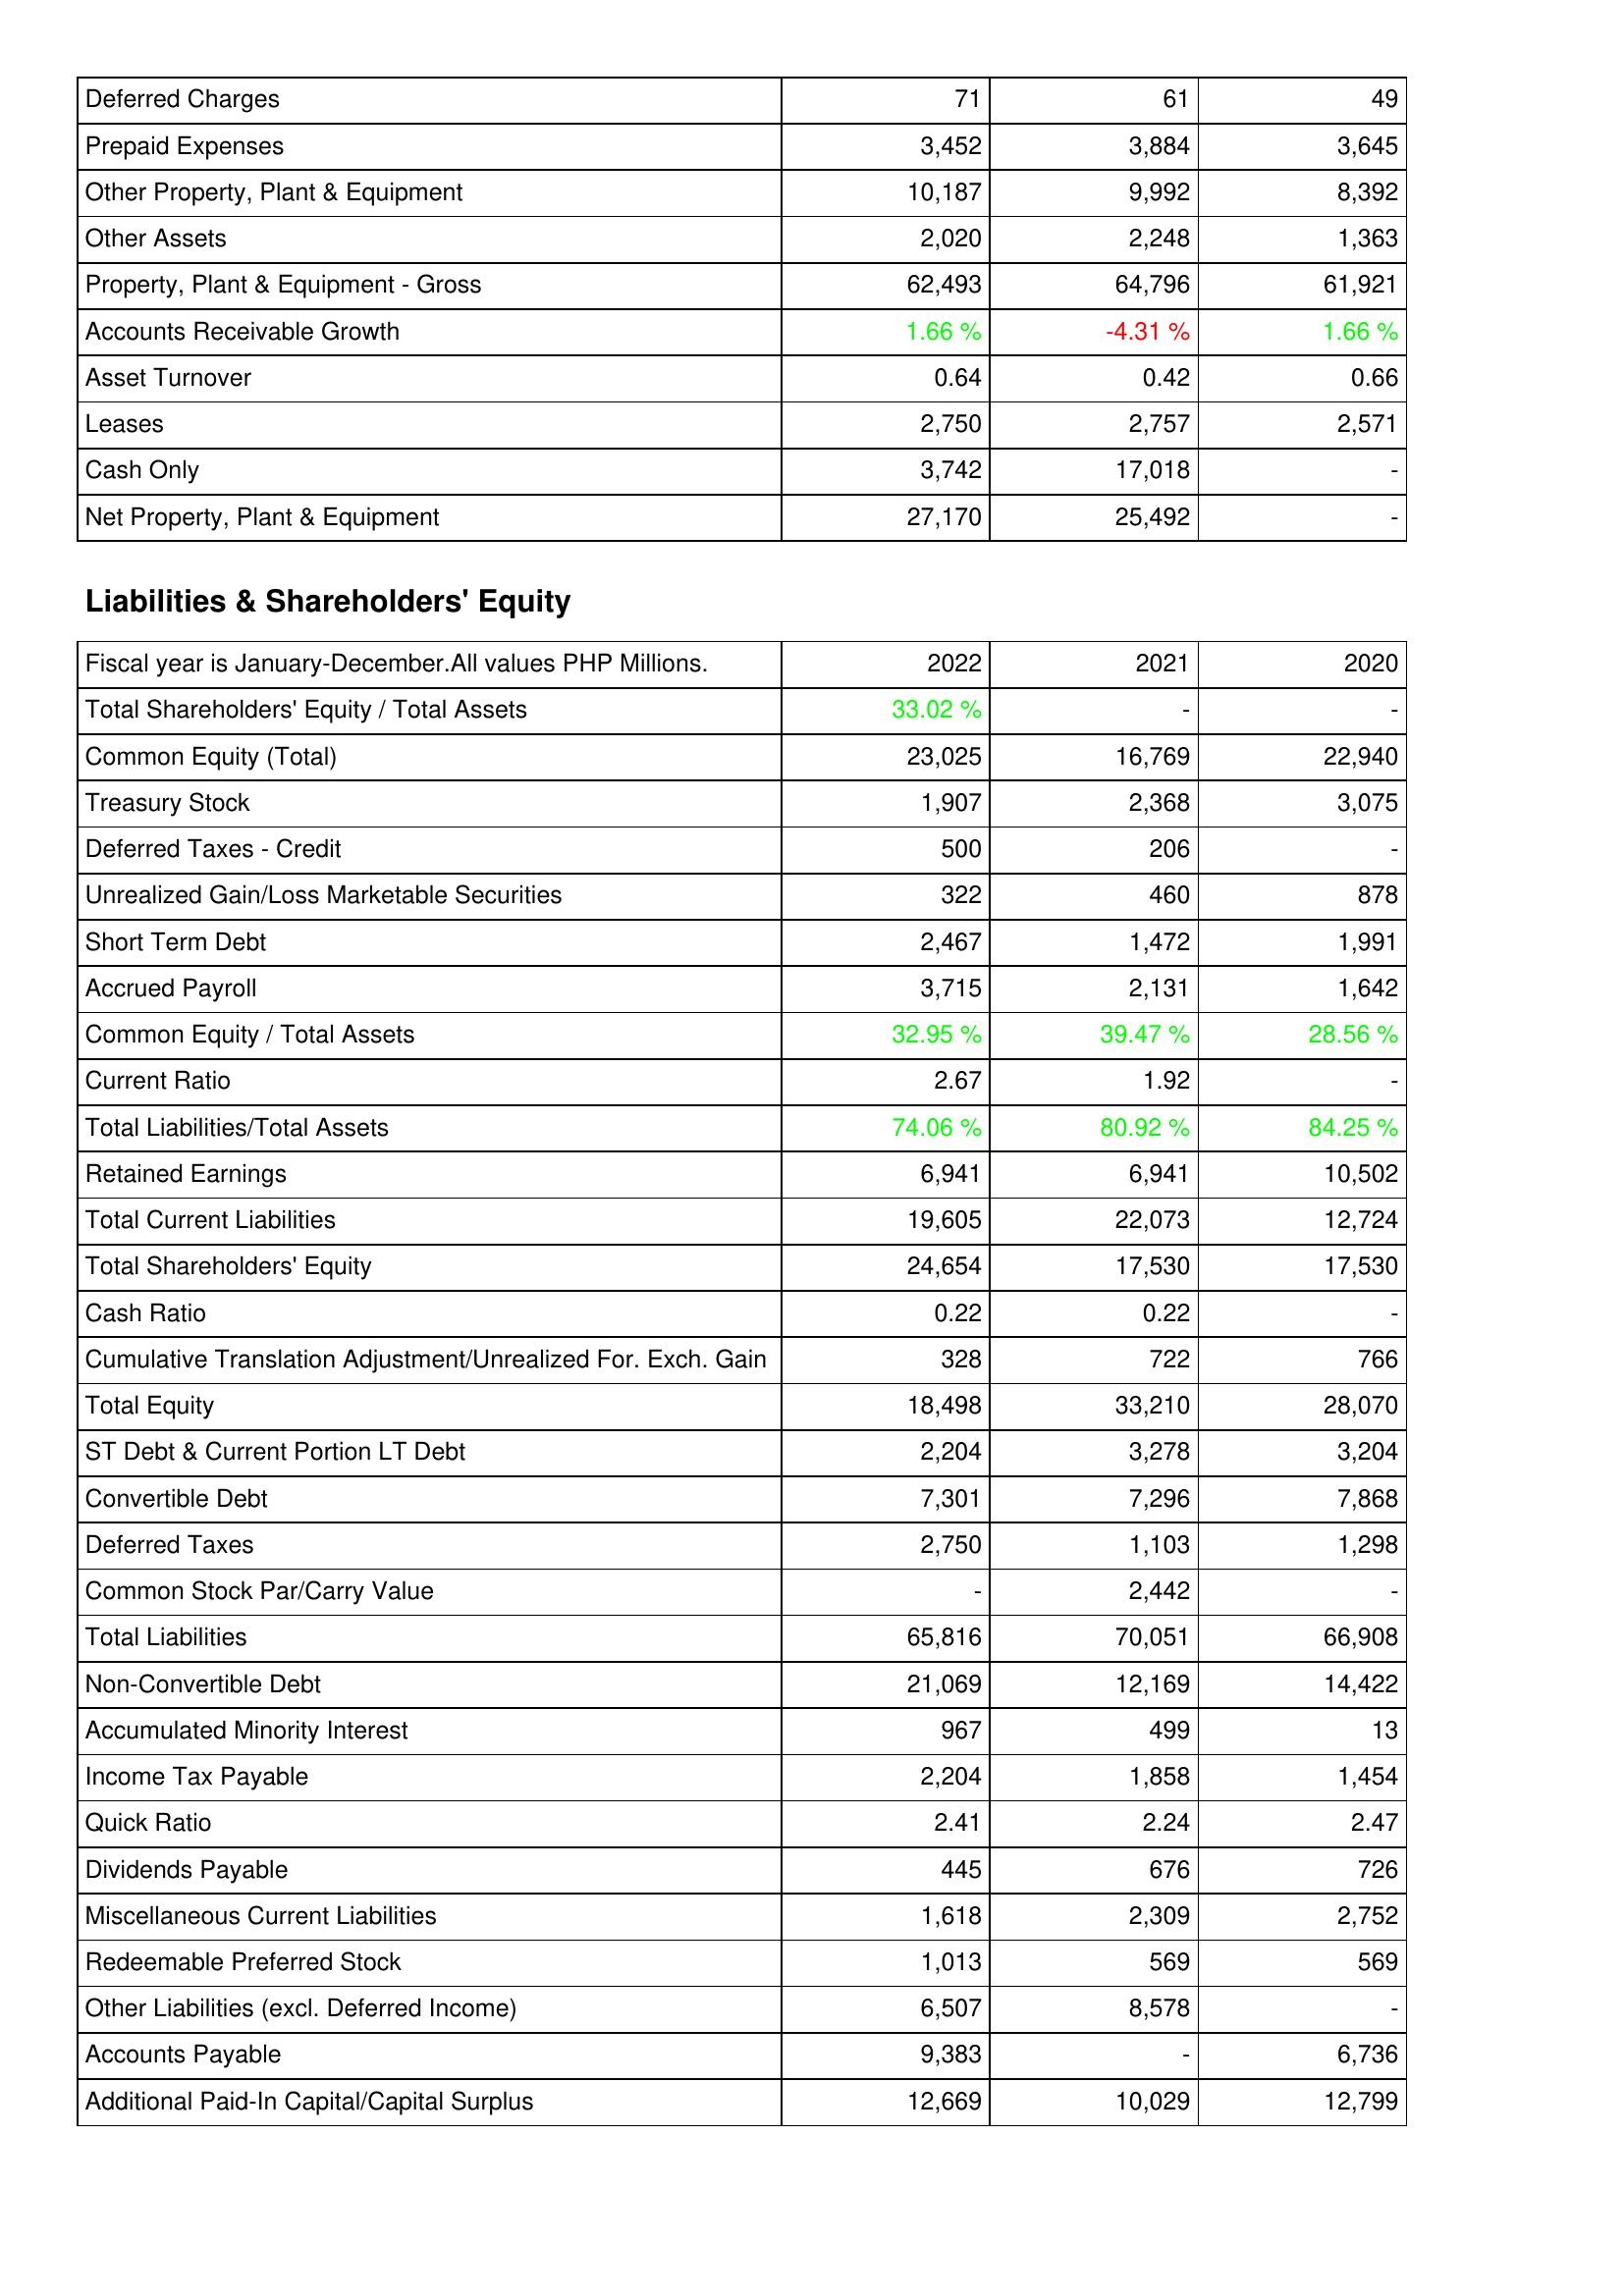
2022: Assets: Deferred Charges: 71
Prepaid Expenses: 3,452
Other Property, Plant & Equipment: 10,187
Other Assets: 2,020
Property, Plant & Equipment - Gross: 62,493
Accounts Receivable Growth: 1.66 %
Asset Turnover: 0.64
Leases: 2,750
Cash Only: 3,742
Net Property, Plant & Equipment: 27,170
Liabilities & Shareholders' Equity: Total Shareholders' Equity / Total Assets: 33.02 %
Common Equity (Total): 23,025
Treasury Stock: 1,907
Deferred Taxes - Credit: 500
Unrealized Gain/Loss Marketable Securities: 322
Short Term Debt: 2,467
Accrued Payroll: 3,715
Common Equity / Total Assets: 32.95 %
Current Ratio: 2.67
Total Liabilities/Total Assets: 74.06 %
Retained Earnings: 6,941
Total Current Liabilities: 19,605
Total Shareholders' Equity: 24,654
Cash Ratio: 0.22
Cumulative Translation Adjustment/Unrealized For. Exch. Gain: 328
Total Equity: 18,498
ST Debt & Current Portion LT Debt: 2,204
Convertible Debt: 7,301
Deferred Taxes: 2,750
Common Stock Par/Carry Value: -
Total Liabilities: 65,816
Non-Convertible Debt: 21,069
Accumulated Minority Interest: 967
Income Tax Payable: 2,204
Quick Ratio: 2.41
Dividends Payable: 445
Miscellaneous Current Liabilities: 1,618
Redeemable Preferred Stock: 1,013
Other Liabilities (excl. Deferred Income): 6,507
Accounts Payable: 9,383
Additional Paid-In Capital/Capital Surplus: 12,669
2021: Assets: Deferred Charges: 61
Prepaid Expenses: 3,884
Other Property, Plant & Equipment: 9,992
Other Assets: 2,248
Property, Plant & Equipment - Gross: 64,796
Accounts Receivable Growth: -4.31 %
Asset Turnover: 0.42
Leases: 2,757
Cash Only: 17,018
Net Property, Plant & Equipment: 25,492
Liabilities & Shareholders' Equity: Total Shareholders' Equity / Total Assets: -
Common Equity (Total): 16,769
Treasury Stock: 2,368
Deferred Taxes - Credit: 206
Unrealized Gain/Loss Marketable Securities: 460
Short Term Debt: 1,472
Accrued Payroll: 2,131
Common Equity / Total Assets: 39.47 %
Current Ratio: 1.92
Total Liabilities/Total Assets: 80.92 %
Retained Earnings: 6,941
Total Current Liabilities: 22,073
Total Shareholders' Equity: 17,530
Cash Ratio: 0.22
Cumulative Translation Adjustment/Unrealized For. Exch. Gain: 722
Total Equity: 33,210
ST Debt & Current Portion LT Debt: 3,278
Convertible Debt: 7,296
Deferred Taxes: 1,103
Common Stock Par/Carry Value: 2,442
Total Liabilities: 70,051
Non-Convertible Debt: 12,169
Accumulated Minority Interest: 499
Income Tax Payable: 1,858
Quick Ratio: 2.24
Dividends Payable: 676
Miscellaneous Current Liabilities: 2,309
Redeemable Preferred Stock: 569
Other Liabilities (excl. Deferred Income): 8,578
Accounts Payable: -
Additional Paid-In Capital/Capital Surplus: 10,029
2020: Assets: Deferred Charges: 49
Prepaid Expenses: 3,645
Other Property, Plant & Equipment: 8,392
Other Assets: 1,363
Property, Plant & Equipment - Gross: 61,921
Accounts Receivable Growth: 1.66 %
Asset Turnover: 0.66
Leases: 2,571
Cash Only: -
Net Property, Plant & Equipment: -
Liabilities & Shareholders' Equity: Total Shareholders' Equity / Total Assets: -
Common Equity (Total): 22,940
Treasury Stock: 3,075
Deferred Taxes - Credit: -
Unrealized Gain/Loss Marketable Securities: 878
Short Term Debt: 1,991
Accrued Payroll: 1,642
Common Equity / Total Assets: 28.56 %
Current Ratio: -
Total Liabilities/Total Assets: 84.25 %
Retained Earnings: 10,502
Total Current Liabilities: 12,724
Total Shareholders' Equity: 17,530
Cash Ratio: -
Cumulative Translation Adjustment/Unrealized For. Exch. Gain: 766
Total Equity: 28,070
ST Debt & Current Portion LT Debt: 3,204
Convertible Debt: 7,868
Deferred Taxes: 1,298
Common Stock Par/Carry Value: -
Total Liabilities: 66,908
Non-Convertible Debt: 14,422
Accumulated Minority Interest: 13
Income Tax Payable: 1,454
Quick Ratio: 2.47
Dividends Payable: 726
Miscellaneous Current Liabilities: 2,752
Redeemable Preferred Stock: 569
Other Liabilities (excl. Deferred Income): -
Accounts Payable: 6,736
Additional Paid-In Capital/Capital Surplus: 12,799